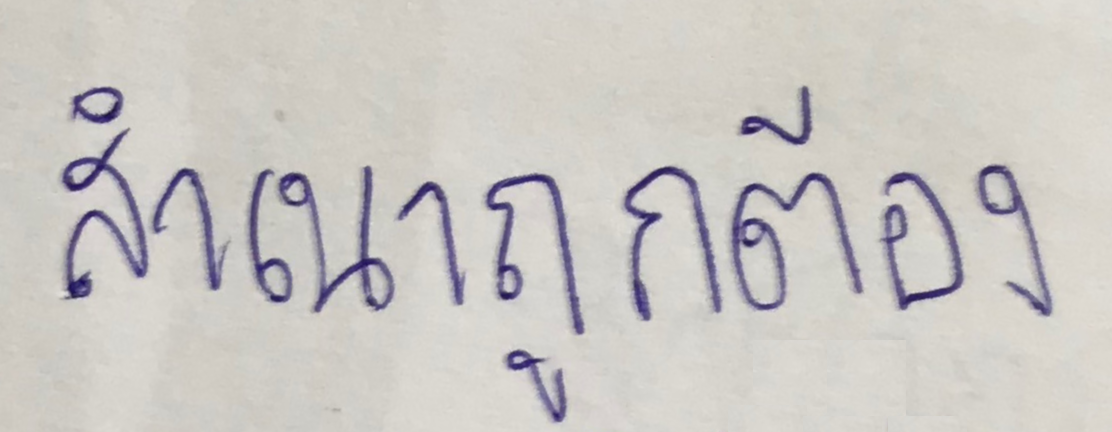
สำเนาถูกต้อง